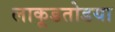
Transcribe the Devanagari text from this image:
लाकूडतोडया